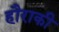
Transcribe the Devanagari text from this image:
हौराकी